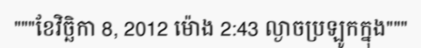
"""ខែវិច្ឆិកា 8, 2012 ម៉ោង 2:43 ល្ងាចប្រឡូកក្នុង"""